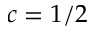
c = 1 / 2